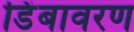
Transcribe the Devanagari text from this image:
डिंबावरण